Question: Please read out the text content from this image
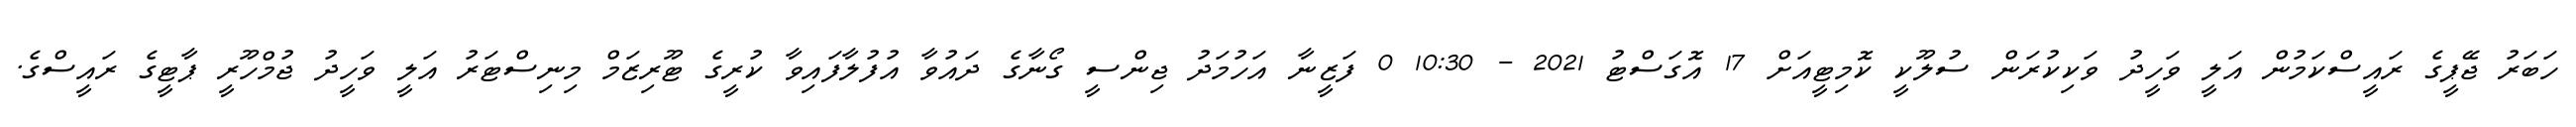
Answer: ހަބަރު ޖޭޕީގެ ރައީސްކަމުން އަލީ ވަހީދު ވަކިކުރަން ސުލޫކީ ކޮމިޓީއަށް 17 އޮގަސްޓު 2021 - 10:30 0 ފަޒީނާ އަހުމަދު ޖިންސީ ގޯނާގެ ދައުވާ އުފުލާފައިވާ ކުރީގެ ޓޫރިޒަމް މިނިސްޓަރު އަލީ ވަހީދު ޖުމްހޫރީ ޕާޓީގެ ރައީސްގެ.